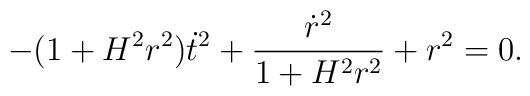
-(1+H^2r^2)\dot{t}^2+\frac{\dot{r}^2}{1+H^2r^2}+r^2=0.